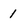
Character: 1